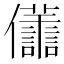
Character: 𠑫